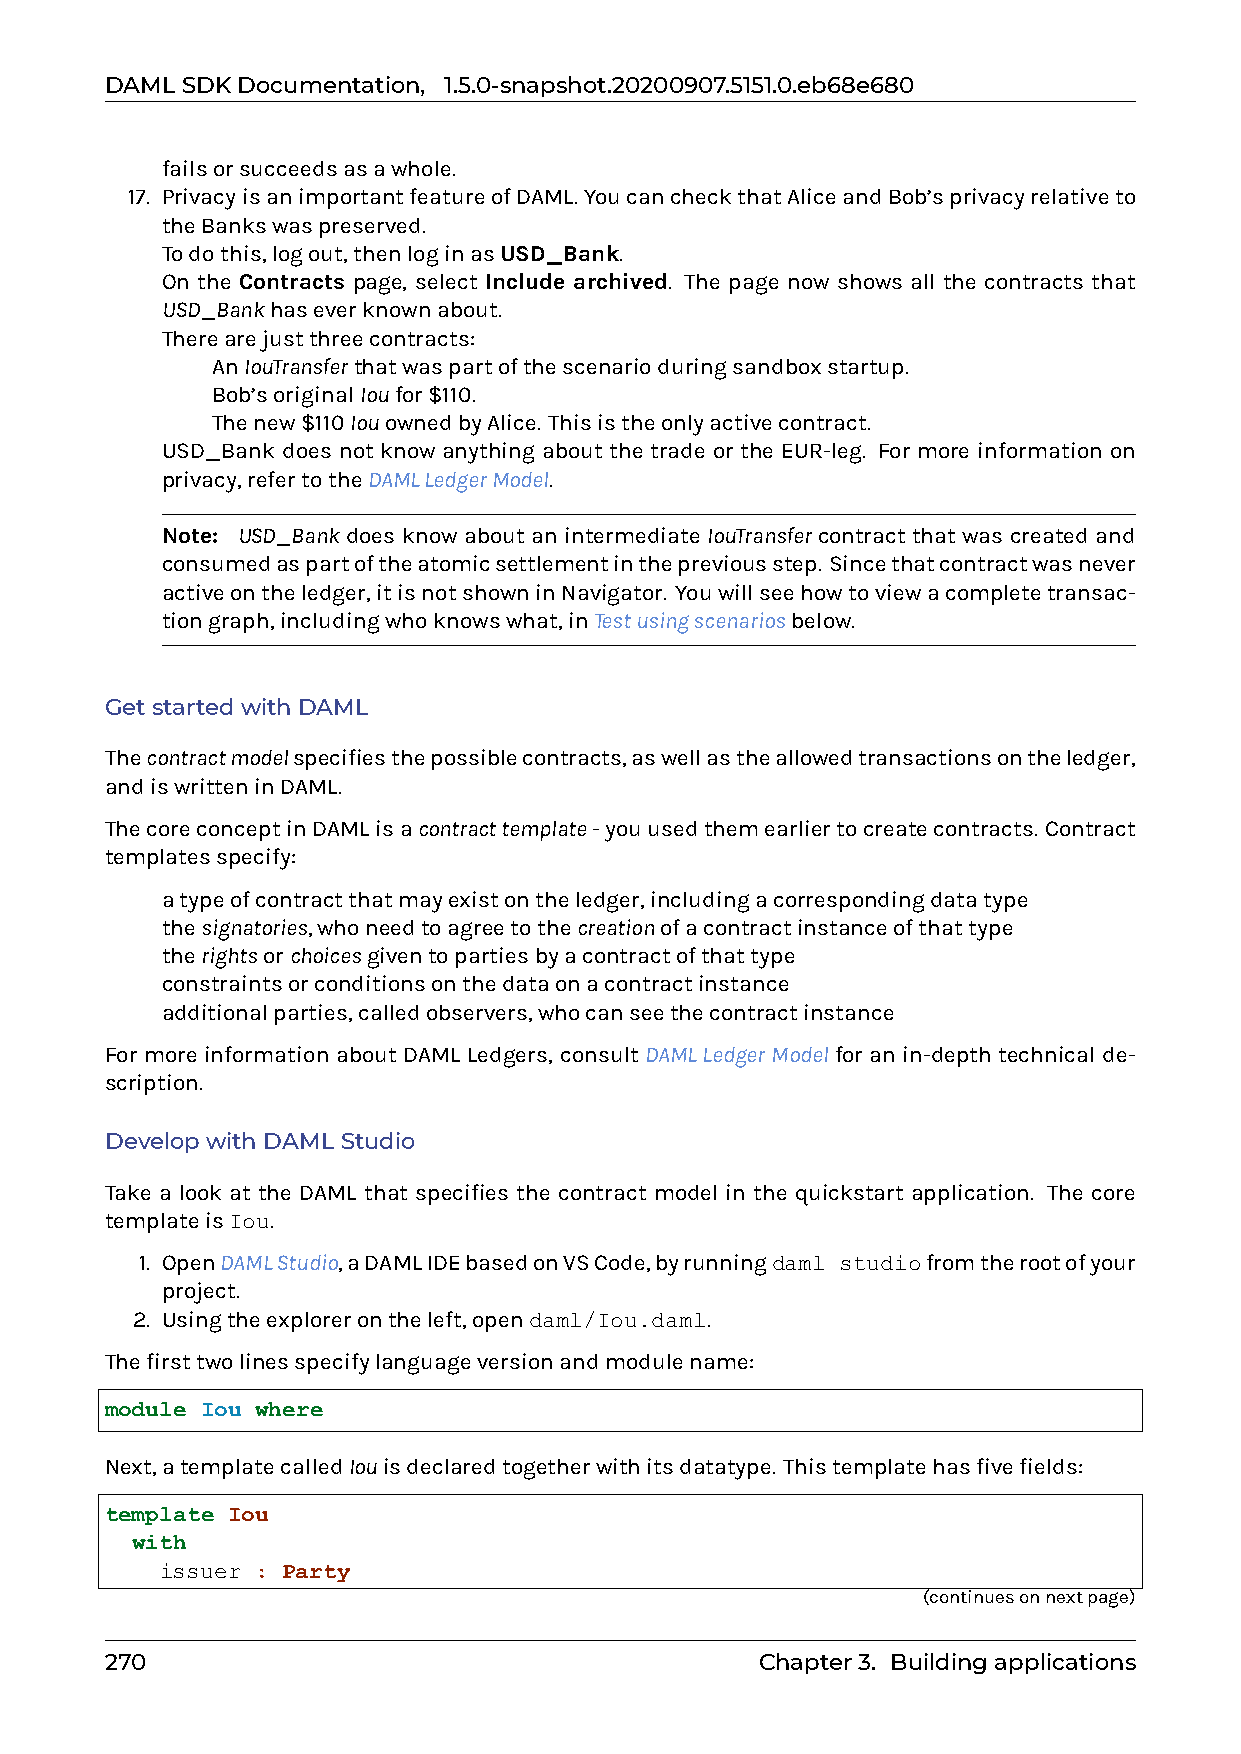
DAMLSDKDocumentation, 1.5.0-snapshot.20200907.5151.0.eb68e680
 failsorsucceedsasawhole.
 17. PrivacyisanimportantfeatureofDAML.YoucancheckthatAliceandBob’sprivacyrelativeto
 theBankswaspreserved.
 Todothis,logout,thenloginasUSD_Bank.
 On the Contracts page, select Include archived. The page now shows all the contracts that
 USD_Bankhaseverknownabout.
 Therearejustthreecontracts:
 0 AnIouTransferthatwaspartofthescenarioduringsandboxstartup.
 0 Bob’soriginalIoufor$110.
 0 Thenew$110IouownedbyAlice. Thisistheonlyactivecontract.
 USD_Bank does not know anything about the trade or the EUR-leg. For more information on
 privacy,refertotheDAMLLedgerModel.
 Note: USD_Bank does know about an intermediate IouTransfer contract that was created and
 consumedaspartoftheatomicsettlementinthepreviousstep. Sincethatcontractwasnever
 activeontheledger,itisnotshowninNavigator. Youwillseehowtoviewacompletetransac-
 tiongraph,includingwhoknowswhat,inTestusingscenariosbelow.
 GetstartedwithDAML
 Thecontractmodelspecifiesthepossiblecontracts,aswellastheallowedtransactionsontheledger,
 andiswritteninDAML.
 ThecoreconceptinDAMLisacontracttemplate-youusedthemearliertocreatecontracts. Contract
 templatesspecify:
 0 atypeofcontractthatmayexistontheledger,includingacorrespondingdatatype
 0 thesignatories,whoneedtoagreetothecreationofacontractinstanceofthattype
 0 therightsorchoicesgiventopartiesbyacontractofthattype
 0 constraintsorconditionsonthedataonacontractinstance
 0 additionalparties,calledobservers,whocanseethecontractinstance
 For more information about DAML Ledgers, consult DAMLLedgerModel for an in-depth technical de-
 scription.
 DevelopwithDAMLStudio
 Take a look at the DAML that specifies the contract model in the quickstart application. The core
 templateisIou.
 1. OpenDAMLStudio,aDAMLIDEbasedonVSCode,byrunningdaml studiofromtherootofyour
 project.
 2. Usingtheexplorerontheleft,opendaml/Iou.daml.
 Thefirsttwolinesspecifylanguageversionandmodulename:
 module Iou where
 Next,atemplatecalledIouisdeclaredtogetherwithitsdatatype. Thistemplatehasfivefields:
 template Iou
 with
 issuer : Party
 (continuesonnextpage)
 270                                        Chapter3. Buildingapplications